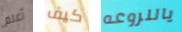
أعلم كيف ياللروعه